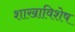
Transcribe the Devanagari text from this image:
शाखाविशेष